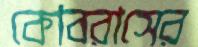
কোবরাসের